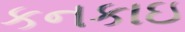
કનકાઇ